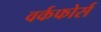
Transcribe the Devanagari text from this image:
वर्कफोर्स